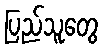
ပြည်သူတွေ